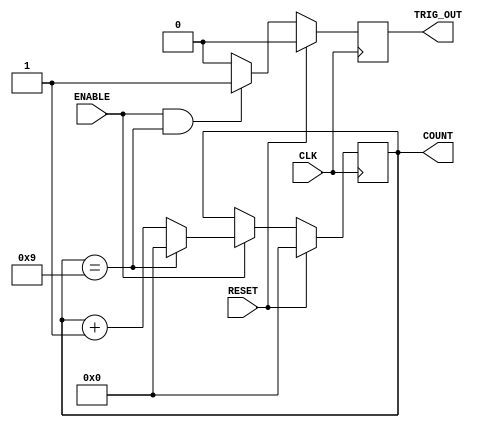
`timescale 1ns / 1ps
//////////////////////////////////////////////////////////////////////////////////
// Company: 
// Engineer: 
// 
// Design Name: 
// Module Name: Generic_counter
// Project Name: 
// Target Devices: 
// Tool Versions: 
// Description: 
// 
// Dependencies: 
// 
// Revision:
// Revision 0.01 - File Created
// Additional Comments:
// 
//////////////////////////////////////////////////////////////////////////////////


module Generic_counter(
    CLK,
    RESET,
    ENABLE,
    COUNT,
    TRIG_OUT
    );
    
    
    
    parameter COUNTER_WIDTH=4;
    parameter COUNTER_MAX  =9;
    
    input  CLK;
    input  RESET;
    input  ENABLE;
    output TRIG_OUT;
    output [COUNTER_WIDTH-1:0] COUNT;
    
    //Declare registers that hold the current count value and trigger out
    //between clock cycles 
    reg [COUNTER_WIDTH-1:0] count_value;
    reg Trigger_out;
    
    
                      
    //Synchronous logic for value of count_value
    always@(posedge CLK) begin
         if(RESET)
             count_value<=0;
         else begin
             if(ENABLE) begin
                if(count_value==COUNTER_MAX)
                   count_value<=0;
                else
                   count_value<=count_value+1;
             end
         end
    end 
    
    //Synchronous logic for Trigger_out
    always@(posedge CLK) begin
       if(RESET)
           Trigger_out<=0;
       else begin
          if(ENABLE && (count_value==COUNTER_MAX))
              Trigger_out<=1;
          else
              Trigger_out<=0;
       end
    end         
                  
    
    //Assignment that tie the count_Value and Trigger_out to
    //COUNT and TRIG_OUT respectively
    assign COUNT=count_value;
    assign TRIG_OUT=Trigger_out;
             
    
endmodule